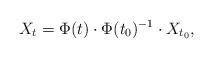
LaTeX: \begin{align*} X_t = \Phi(t)\cdot\Phi(t_0)^{-1}\cdot X_{t_0}, \end{align*}